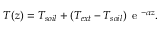
T ( z ) = T _ { s o i l } + \left( T _ { e x t } - T _ { s o i l } \right) \mathrm { ~ e ~ } ^ { - \alpha z } .